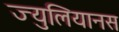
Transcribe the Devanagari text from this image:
ज्युलियानस